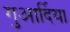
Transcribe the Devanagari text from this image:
गुआर्दिया